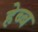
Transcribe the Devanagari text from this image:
हेब्ब